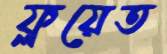
ফ্লয়েত